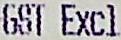
GST EXCL